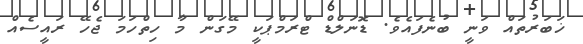
ޚަބަރުތައް ވަނީ ބުނެފައެވެ. ޑޮނަލްޑް ޓްރަމްޕަކީ މޭގަން މާ ހިތްހަމަ ޖެހޭ ރައީސެއް